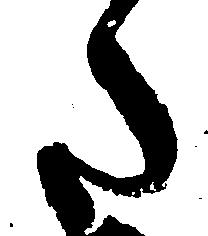
た